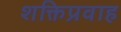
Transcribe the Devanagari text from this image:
शक्तिप्रवाह